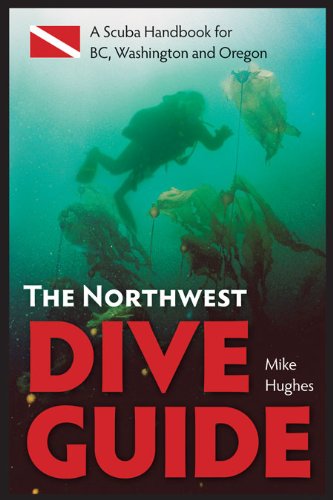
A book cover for The Northwest Dive Guide: A Scuba Handbook for BC, Washington and Oregon; Mike Hughes; Travel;